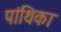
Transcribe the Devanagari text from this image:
पांथिका